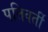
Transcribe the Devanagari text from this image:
पतिवर्ती